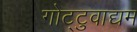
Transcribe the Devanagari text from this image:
गोट्टुवाद्यम